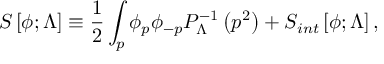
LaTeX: S \left[ \phi ; \Lambda \right] \equiv { \frac { 1 } { 2 } } \int _ { p } \phi _ { p } \phi _ { - p } P _ { \Lambda } ^ { - 1 } \left( p ^ { 2 } \right) + S _ { i n t } \left[ \phi ; \Lambda \right] ,